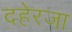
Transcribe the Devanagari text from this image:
दहेरजा